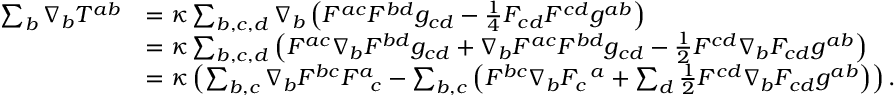
\begin{array} { r l } { \sum _ { b } \nabla _ { b } T ^ { a b } } & { = \kappa \sum _ { b , c , d } \nabla _ { b } \left( F ^ { a c } F ^ { b d } g _ { c d } - \frac { 1 } { 4 } F _ { c d } F ^ { c d } g ^ { a b } \right) } \\ & { = \kappa \sum _ { b , c , d } \left( F ^ { a c } \nabla _ { b } F ^ { b d } g _ { c d } + \nabla _ { b } F ^ { a c } F ^ { b d } g _ { c d } - \frac { 1 } { 2 } F ^ { c d } \nabla _ { b } F _ { c d } g ^ { a b } \right) } \\ & { = \kappa \left( \sum _ { b , c } \nabla _ { b } F ^ { b c } F _ { \phantom { a } c } ^ { a } - \sum _ { b , c } \left( F ^ { b c } \nabla _ { b } F _ { c } ^ { \phantom { c } a } + \sum _ { d } \frac { 1 } { 2 } F ^ { c d } \nabla _ { b } F _ { c d } g ^ { a b } \right) \right) . } \end{array}